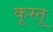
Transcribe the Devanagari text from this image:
कूस्तू